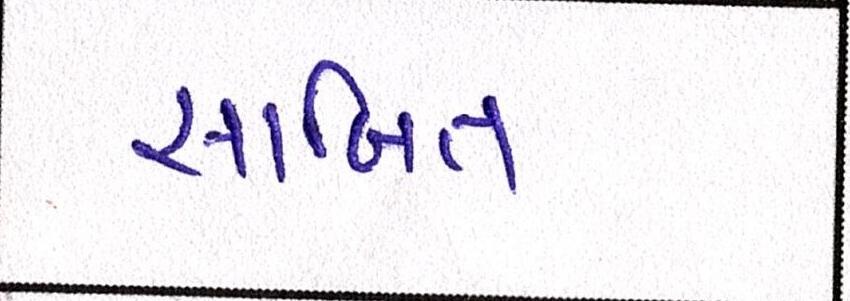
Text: સાબિત